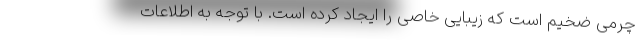
چرمی ضخیم است که زیبایی خاصی را ایجاد کرده است. با توجه به اطلاعات